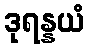
ဒုရန္နယံ